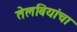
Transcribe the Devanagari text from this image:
तेलबियांचा